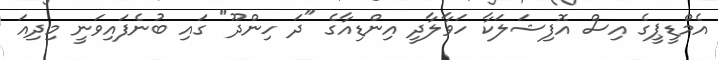
އެމްޑީޕީގެ އިސް އޮފިޝަލަކާ ހަވާލާދީ އިންޑިއާގެ "ދަ ހިންދޫ" ގައި ބުނެފައިވަނީ މިދިއަ